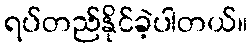
ရပ်တည်နိုင်ခဲ့ပါတယ်။